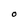
Character: O